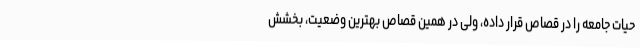
حیات جامعه را در قصاص قرار داده، ولی در همین قصاص بهترین وضعیت، بخشش